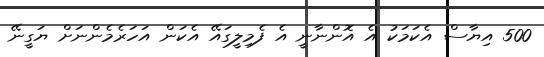
500 އިޔާސް އެކަމަކު އެ އޮންނާނީ އެ ފެމިލީގައޭ އެކަން އަހަރެމެންނަށް ޔަގީނޭ